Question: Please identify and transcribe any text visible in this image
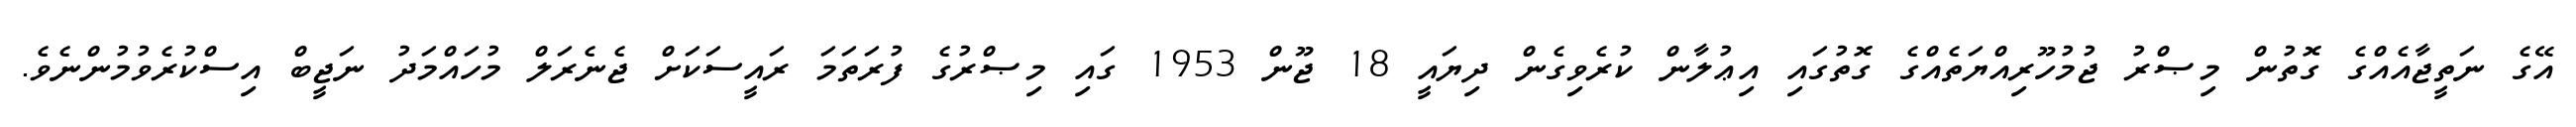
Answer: އޭގެ ނަތީޖާއެއްގެ ގޮތުން މިޞްރު ޖުމުހޫރިއްޔަތެއްގެ ގޮތުގައި އިޢުލާން ކުރެވިގެން ދިޔައީ 18 ޖޫން 1953 ގައި މިޞްރުގެ ފުރަތަމަ ރައީސަކަށް ޖެނެރަލް މުހައްމަދު ނަޖީބް އިސްކުރެވުމުންނެވެ.